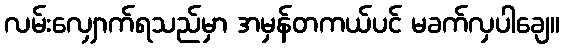
လမ်းလျှောက်ရသည်မှာ အမှန်တကယ်ပင် မခက်လှပါချေ။